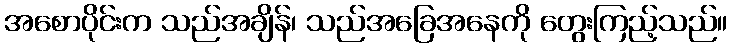
အစောပိုင်းက သည်အချိန်၊ သည်အခြေအနေကို တွေးကြည့်သည်။